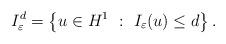
LaTeX: \begin{align*}I_{\varepsilon}^{d}=\left\{ u\in H^{1}\ :\ I_{\varepsilon}(u)\le d\right\} .\end{align*}